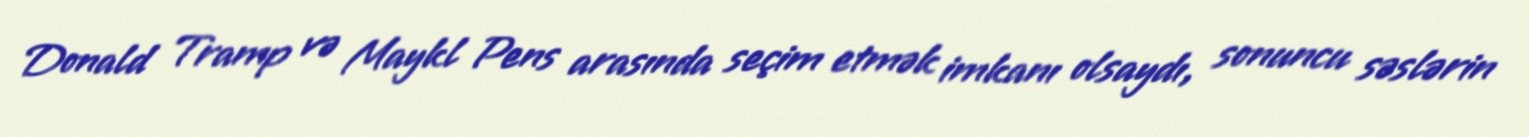
Donald Tramp və Maykl Pens arasında seçim etmək imkanı olsaydı, sonuncu səslərin